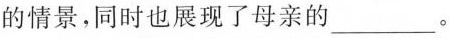
的情景，同时也展现了母亲的___。